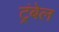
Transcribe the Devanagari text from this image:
ट्रंबेल